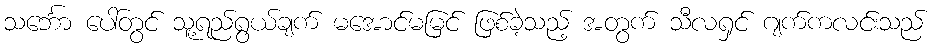
သင်္ဘော ပေါ်တွင် သူ့ရည်ရွယ်ချက် မအောင်မမြင် ဖြစ်ခဲ့သည့် အတွက် သီလရှင် ဂျက်ကလင်းသည်